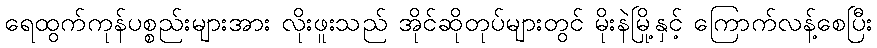
ရေထွက်ကုန်ပစ္စည်းများအား လိုးဖူးသည် အိုင်ဆိုတုပ်များတွင် မိုးနဲမြို့နှင့် ကြောက်လန့်စေပြီး